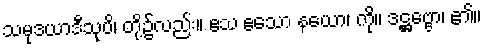
သမုဒယာဒီသုပိ၊ တို့၌လည်း။ ဧသ ဧသော နယော၊ ကို။ ဒဋ္ဌဗ္ဗော၊ ၏။